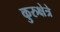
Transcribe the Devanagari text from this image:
कुरुक्षेत्रे